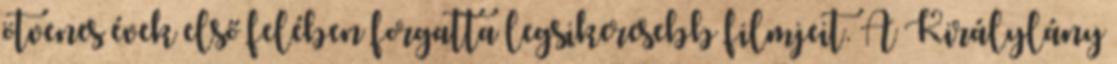
ötvenes évek első felében forgatta legsikeresebb filmjeit. A Királylány